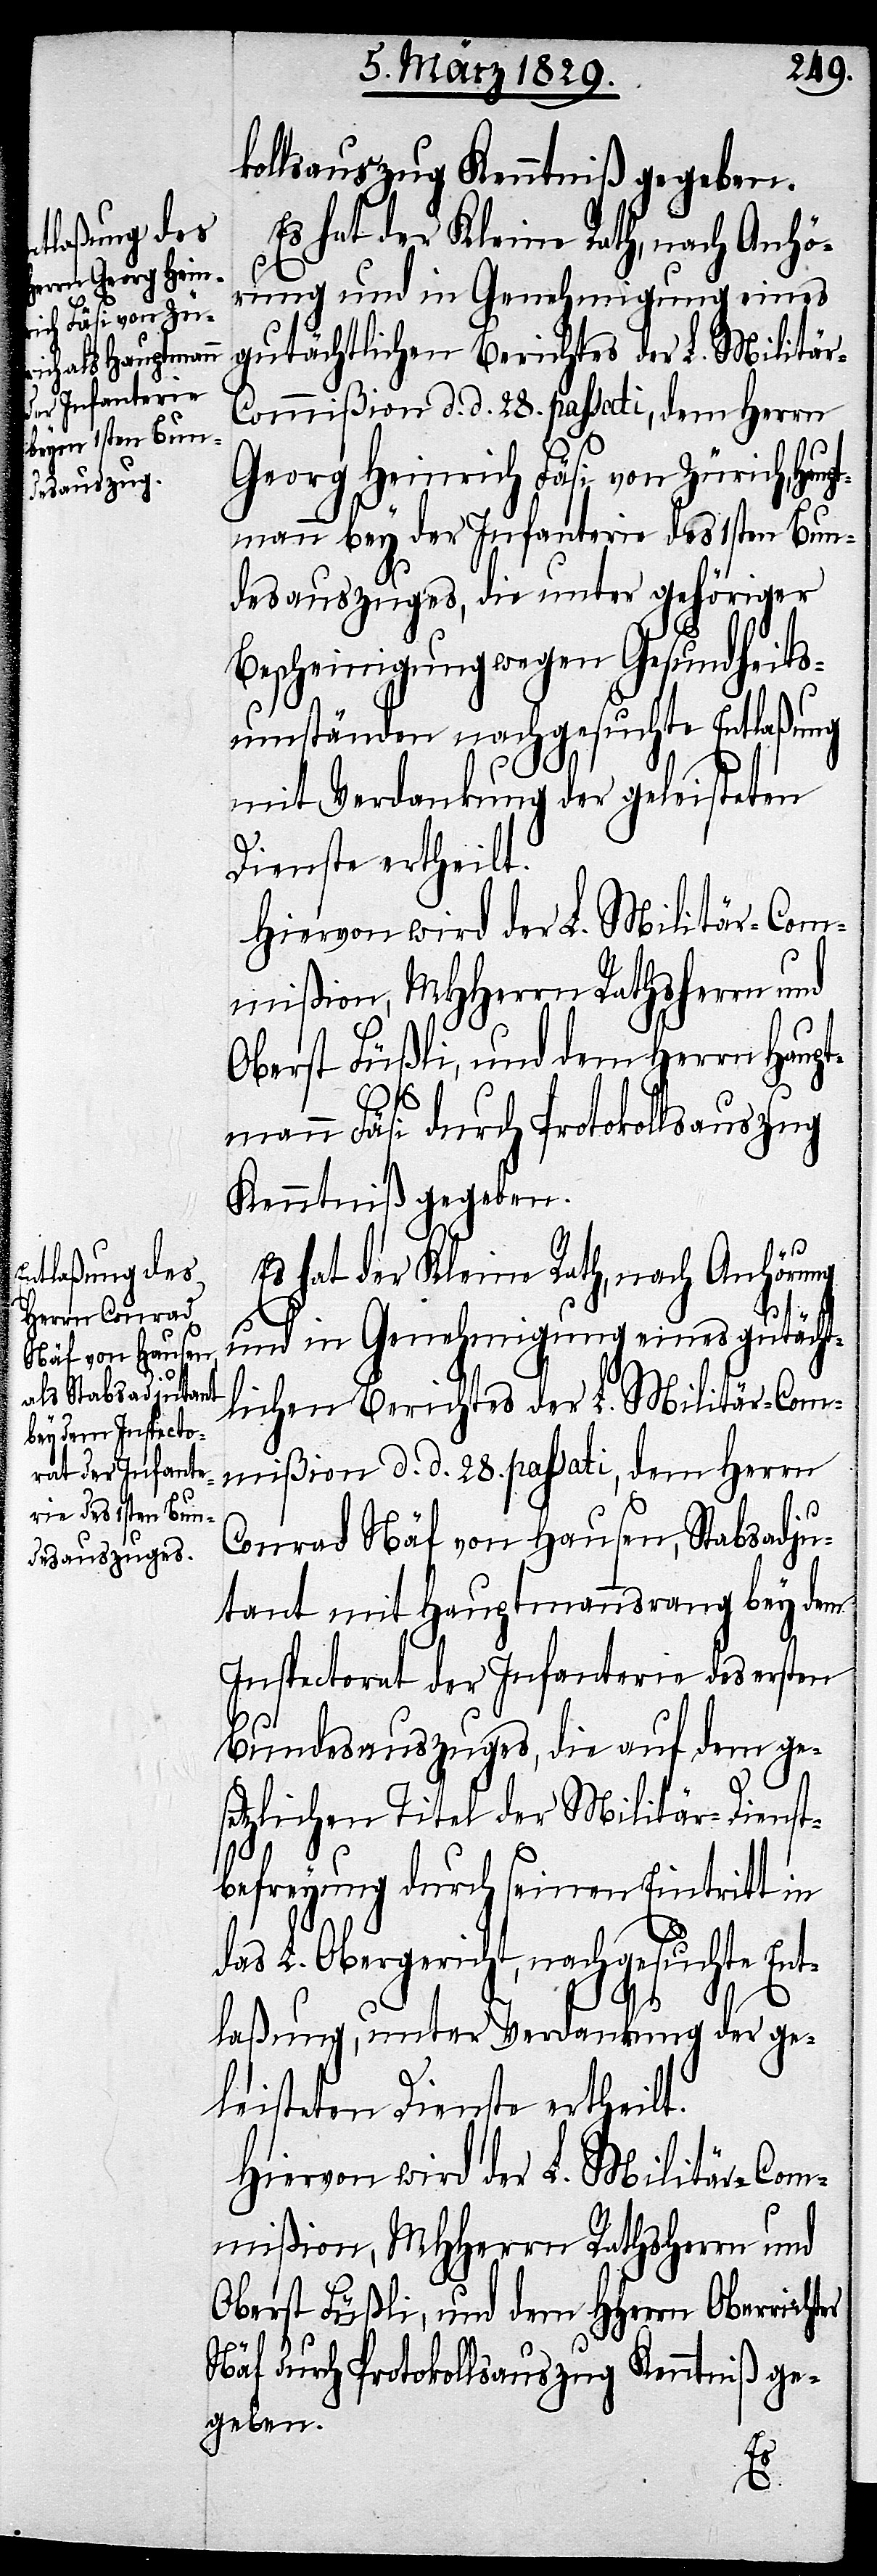
kollsauszug Kenntniß gegeben.
Georg Heinrich Fäsi von Zürich, Hau¬
mann bey der Infanterie des 1sten Bun¬
desauszuges, die unter gehöriger
Bescheinigung wegen Gesundheits¬
umständen nachgesuchte Entlaßung
mit Verdankung der geleisteten
Dienste ertheilt.
Hiervon wird der L. Militär-Com¬
mißion, MHHerrn Rathsherrn und
Oberst Füßli, und dem Herrn Haupt¬
mann Fäsi durch Protokollsauszug
Kenntniß gegeben.
Es hat der Kleine Rath nach Anhörung
und in Genehmigung eines gutächt¬
lichen Berichtes der L. Militär-Com¬
mißion d. d. 28. passati, dem Herrn
er
Conrad Näf von Hausen, Stabsadju¬
tant mit Hauptmannsrang bey dem
Inspectorat der Infanterie des ersten
Bundesauszuges, die auf dem ge¬
setzlichen Titel der Militär-Dienst¬
pt¬
befreyung durch seinen Eintritt in
das L. Obergericht, nachgesuchte Ent¬
laßung, unter Verdankung der ge¬
leisteten Dienste ertheilt.
Hiervon wird der L. Militär-Com¬
mißion, MHHerrn Rathsherrn und
Oberst Füßli, und dem HHerrn Oberricht¬
Näf durch Protokollsauszug Kenntniß ge¬
geben.